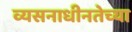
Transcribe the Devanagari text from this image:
व्यसनाधीनतेच्या